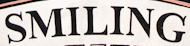
SMILING